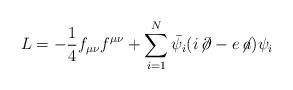
LaTeX: \begin{align*}L=-\frac{1}{4} f_{\mu \nu}f^{\mu \nu} + \sum_{i=1}^{N} \bar{\psi_i}( i \!\not\!\partial -e \!\not\! a )\psi_i \end{align*}